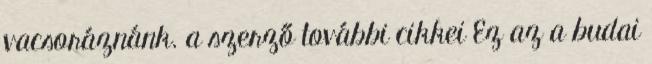
vacsoráznánk. a szerző további cikkei Ez az a budai